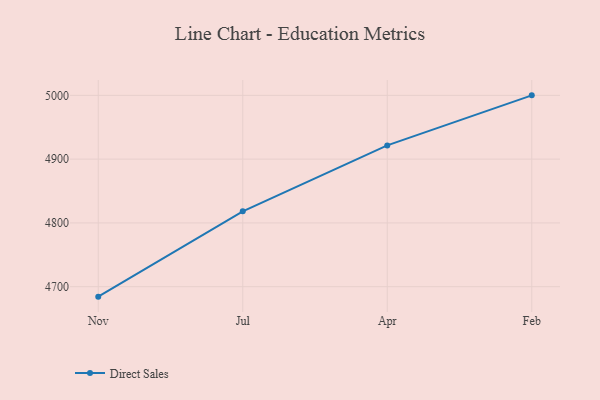
{"axis": {"x": "Month", "y": "Demand Index"}, "legend": ["Direct Sales"], "data": [{"x": "Nov", "y": 4684.4, "type": "Direct Sales"}, {"x": "Jul", "y": 4818.2, "type": "Direct Sales"}, {"x": "Apr", "y": 4921.5, "type": "Direct Sales"}, {"x": "Feb", "y": 5000, "type": "Direct Sales"}]}